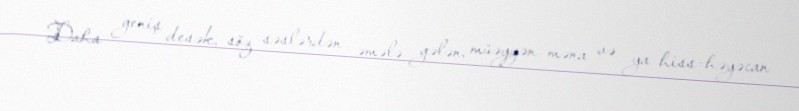
Daha geniş desək, söz səslərdən əmələ gələn, müəyyən məna və ya hiss-həyəcan